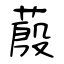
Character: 蒑